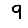
Digit: 9